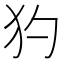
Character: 犳